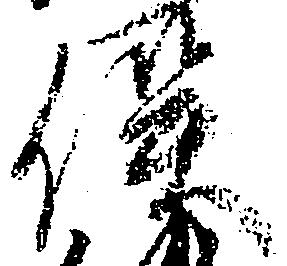
俣